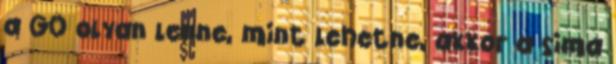
a GO olyan lenne, mint lehetne, akkor a sima